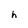
Character: h